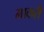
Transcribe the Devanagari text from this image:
माकरी